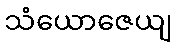
သံယောဇေယျ